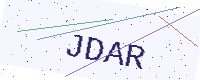
Text: JDAR